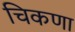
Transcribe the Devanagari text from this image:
चिकणा